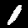
Digit: 1